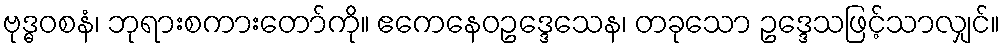
ဗုဒ္ဓဝစနံ၊ ဘုရားစကားတော်ကို။ ဧကေနေဝဥဒ္ဒေသေန၊ တခုသော ဥဒ္ဒေသဖြင့်သာလျှင်။